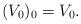
LaTeX: \begin{align*}(V_0)_0=V_0.\end{align*}